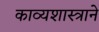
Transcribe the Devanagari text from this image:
काव्यशास्त्राने